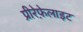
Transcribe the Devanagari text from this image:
प्रीरेफ़ेलाइट